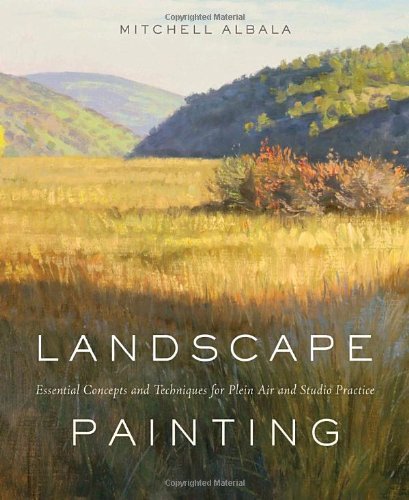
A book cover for Landscape Painting: Essential Concepts and Techniques for Plein Air and Studio Practice; Mitchell Albala; Arts & Photography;